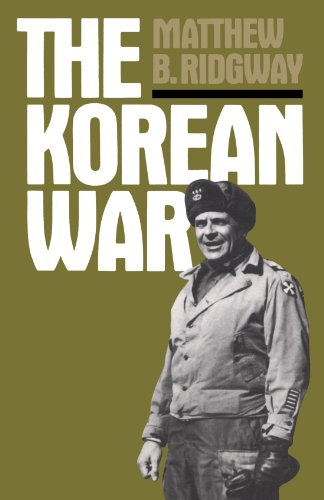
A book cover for The Korean War (A Da Capo paperback); Matthew B. Ridgway; History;